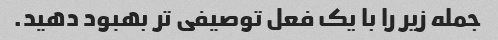
جمله زیر را با یک فعل توصیفی تر بهبود دهید.